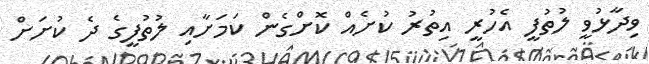
ވިދާޅުވީ ލުތުފީ އެހުރީ އިތުރު ކުށެއް ކޮށްގެން ކަމަށާއި ލުތުފީގެ ދެ ކުށަށް